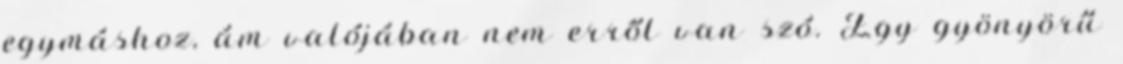
egymáshoz, ám valójában nem erről van szó. Egy gyönyörű